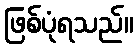
ဖြစ်ပုံရသည်။